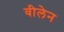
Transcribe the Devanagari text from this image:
वीलेन